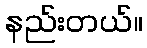
နည်းတယ်။